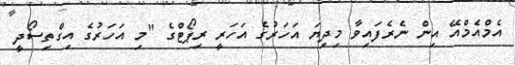
އެމްއެމްއޭ އިން ނެރެފައިވާ މިދިޔަ އަހަރުގެ އަހަރީ ރިޕޯޓްގެ "މި އަހަރުގެ އިގްތިސޯދީ